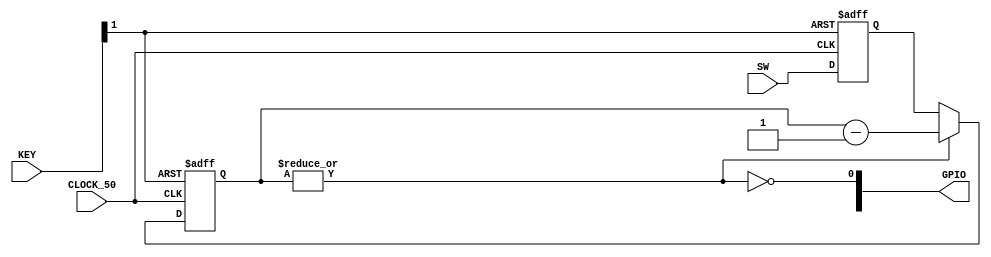
module prog_div(CLOCK_50, KEY, SW, GPIO);

input           CLOCK_50;
input   [1:0]   KEY;
input   [9:0]   SW;
output  [35:0]  GPIO;

reg     [9:0]   cnt_ff;
reg     [9:0]   div_const_ff;

wire    sys_clk     = CLOCK_50;
wire    sys_rst_n   = KEY[1];
wire    preload_cnt = ~|cnt_ff;

assign GPIO[0] = preload_cnt;

always @(posedge sys_clk, negedge sys_rst_n) begin
    if(~sys_rst_n) begin
        div_const_ff <= 1;
    end else begin
        div_const_ff <= SW; //for simplicity here we don't use synchronization
    end
end

always @(posedge sys_clk, negedge sys_rst_n) begin
    if(~sys_rst_n) begin
        cnt_ff <= 0;
    end else begin
        if (preload_cnt)
            cnt_ff <= div_const_ff;
        else
            cnt_ff <= cnt_ff - 1'b1;
    end
end

endmodule